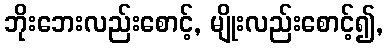
ဘိုးဘေးလည်းစောင့်, မျိုးလည်းစောင့်၍,